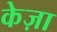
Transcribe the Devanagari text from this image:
केज़ा